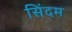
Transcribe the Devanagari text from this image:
सिंदम